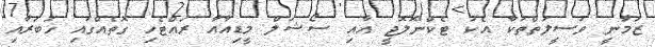
ޒަމާނީ ވަސީލަތްތަކާ އެކު ޓެކްނޮލޮޖީ އާއި ސޯޝަލް މީޑިއާއާ ރައްޓެހި ގޮތެއްގައި ޚަބަރާއި